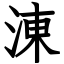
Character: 涷